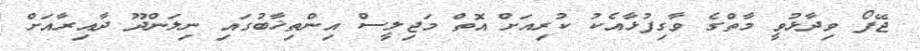
ޖޭފޯ ވިދާޅުވީ މާތްގެ ވާގިފުޅާއެކު ކުރިއަށް އޮތް މަޖިލީސް އިންތިޚާބުގައި ނިލަންދޫ ދާއިރާއަށް